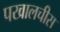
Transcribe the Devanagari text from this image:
पखालचीस